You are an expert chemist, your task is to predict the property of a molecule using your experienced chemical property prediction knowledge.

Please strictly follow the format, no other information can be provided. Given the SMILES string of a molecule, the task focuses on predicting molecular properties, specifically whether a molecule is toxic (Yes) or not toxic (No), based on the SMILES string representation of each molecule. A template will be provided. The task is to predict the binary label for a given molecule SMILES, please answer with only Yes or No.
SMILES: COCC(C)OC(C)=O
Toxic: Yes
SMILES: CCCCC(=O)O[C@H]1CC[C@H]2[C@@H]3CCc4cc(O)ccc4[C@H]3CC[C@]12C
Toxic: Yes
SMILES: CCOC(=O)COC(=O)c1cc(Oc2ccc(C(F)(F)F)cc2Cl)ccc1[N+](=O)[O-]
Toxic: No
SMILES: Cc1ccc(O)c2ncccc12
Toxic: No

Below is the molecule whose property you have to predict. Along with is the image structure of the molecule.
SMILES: COc1cc(C=C2CCCC(=Cc3ccc(O)c(OC)c3)C2=O)ccc1O
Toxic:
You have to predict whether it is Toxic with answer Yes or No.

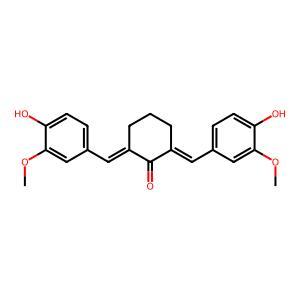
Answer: No